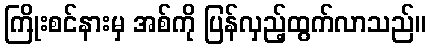
ကြိုးစင်နားမှ အစ်ကို ပြန်လှည့်ထွက်လာသည်။